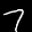
Label: 7